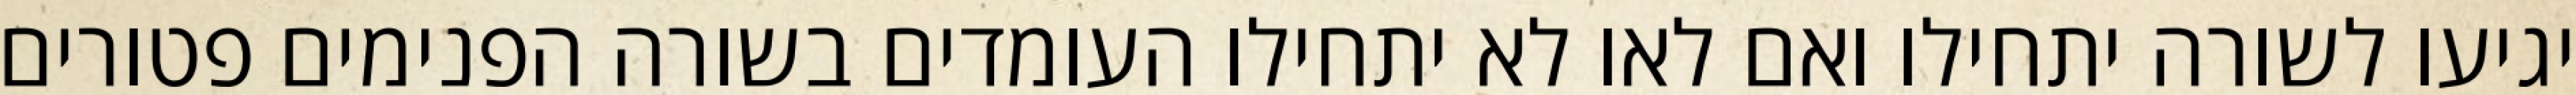
יגיעו לשורה יתחילו ואם לאו לא יתחילו העומדים בשורה הפנימים פטורים